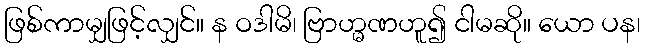
ဖြစ်ကာမျှဖြင့်လျှင်။ န ဝဒါမိ၊ ဗြာဟ္မဏဟူ၍ ငါမဆို။ ယော ပန၊